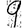
Digit: 9